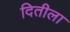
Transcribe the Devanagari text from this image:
दितीला